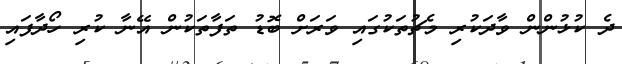
ދެ ކުޅުންން ވާދަކުރި މެޗުތަކުގައި ވަރަށް ބޮޑު ތަފާތަކުން އޭނާ ކުރި ހޯދާފައި